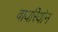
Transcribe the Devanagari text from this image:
वायरियोन